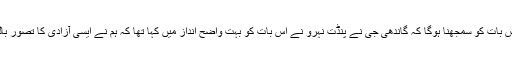
کانگریس پارٹی کے سینئر لیڈرحنظلہ عثمانی نے کہا کہ ہمیں اس بات کو سمجھنا ہوگا کہ گاندھی جی نے پنڈت نہرو نے اس بات کو بہت واضح انداز میں کہا تھا کہ ہم نے ایسی آزادی کا تصور بالکل نہیں کیاہے جس میں ذاکر حسین جیسے لوگ محفوظ نہ ہوں۔